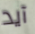
آيد